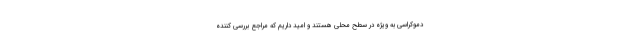
دموکراسی به ویژه در سطح محلی هستند و امید داریم که مراجع بررسی کننده